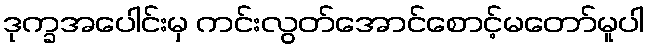
ဒုက္ခအပေါင်းမှ ကင်းလွတ်အောင်စောင့်မတော်မူပါ